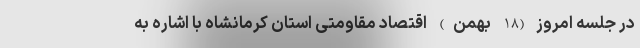
در جلسه امروز (18 بهمن) اقتصاد مقاومتی استان کرمانشاه با اشاره به